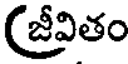
(జ్రీవితం